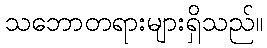
သဘောတရားများရှိသည်။